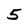
Character: 5